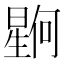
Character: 𪱊